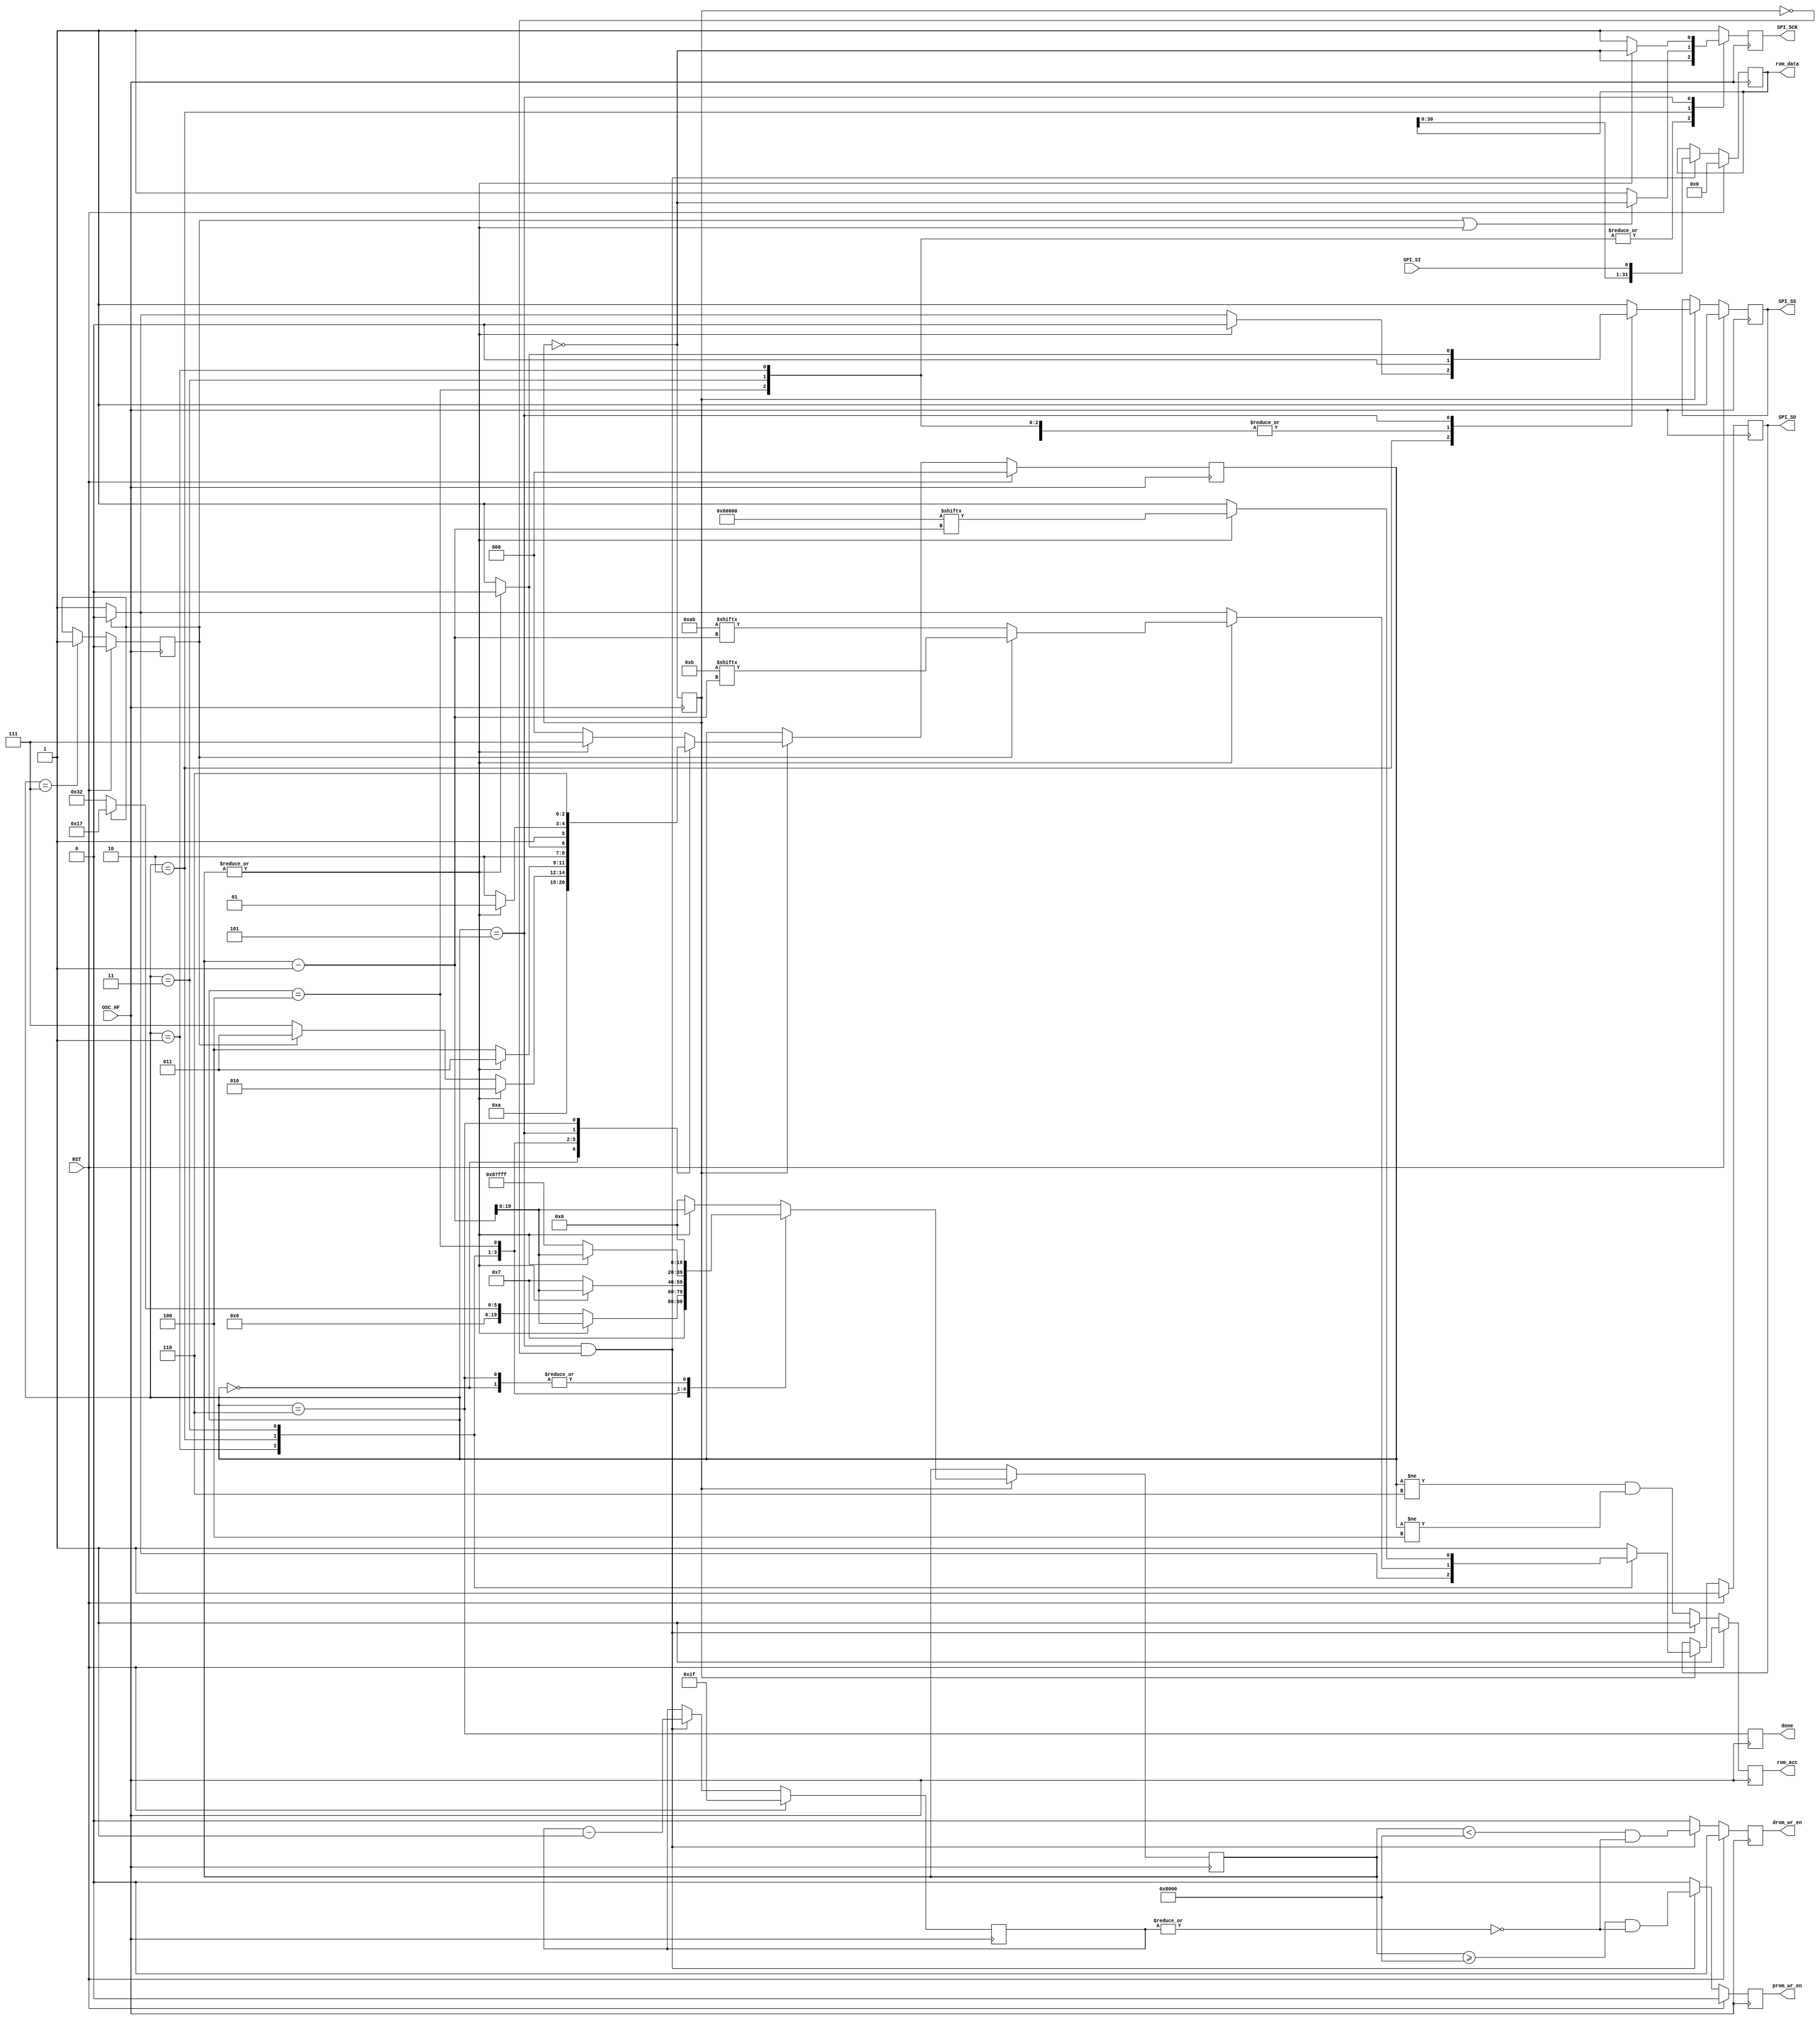
/*

Module: irom_loader.v

Function:
    FSM to load SPI flash into instruction memory ("ROM").

Copyright Notice and License Information:
    Copyright 2019 MCCI Corporation

    This file is part of the MCCI Catena RISC-V FPGA core,
    https://github.com/mcci-catena/catena-riscv32-fpga.

    catena-risc32v-fpga is free software: you can redistribute it
    and/or modify it under the terms of the GNU General Public License
    as published by the Free Software Foundation, either version 3 of
    the License, or (at your option) any later version.

    catena-risc32v-fpga is distributed in the hope that it will
    be useful, but WITHOUT ANY WARRANTY; without even the implied
    warranty of MERCHANTABILITY or FITNESS FOR A PARTICULAR PURPOSE.
    See the GNU General Public License for more details.

    You should have received a copy of the GNU General Public License
    along with this program.  If not, see <https://www.gnu.org/licenses/>.

*/

`timescale 1ns/10ps

module irom_loader #(
        parameter DUMMY_CYCLE=20'd7,
              DROM_SZ_BYTES=20'd4096
    ) (
    input             RST,        //
    input             OSC_HF,     // Clock (= RISC-V clock)
    output reg        SPI_SS,     // SPI I/F for flash access
    output reg        SPI_SCK,    //
    input             SPI_SI,     //
    output reg        SPI_SO,     //
    output reg        done,
    output reg        rom_acc,    // SPSRAM (IROM) / EBR (DROM) fill out
    output reg        prom_wr_en, // - IROM (PROM) write strobe
    output reg        drom_wr_en, // - DROM        write strobe
    output reg [31:0] rom_data    //
);
    //================================================================================
    // Parameters
    //================================================================================
    parameter IDLE         =  3'd0,         // SPI access FSM
              PREP         =  3'd1,         //
              CMD          =  3'd2,         //
              SADDR        =  3'd3,         //
              DUMMY        =  3'd4,         //
              RDBYTE       =  3'd5,         //
              WAIT         =  3'd6,         //
              WAIT10       =  3'd7;         // 10us wait for wake up from power down
    parameter NO_SCK       =  1'b1,         // OR mask for SCK
              ON_SCK       =  1'b0;         //
    parameter FAST_RD      =  8'h0b,        // Fast read flash command
              RLS_DPD      =  8'hab;        // Release from deep power-down
    parameter ST_ADDR      = 24'h060000;    // Starting address of ROM in flash
    parameter IROM_SZ_BITS = 20'h80000,     // 64KB IROM size in bits (64*1024*8)
              DROM_SZ_BITS = 20'd8 * DROM_SZ_BYTES;
                        //  DROM size in bits
    parameter ROM_SZ_BITS  = IROM_SZ_BITS + //
                 DROM_SZ_BITS - //
                 20'd1;         //

    //================================================================================
    // Internal signals
    //================================================================================
    reg  [2  : 0] cst, nst;
    reg  [19 : 0] cnt;
    reg           sck_msk, sck_msk_pe;
    reg  [4  : 0] bit_cnt;  // Accumulate 32b of data
    reg           en;
    reg           phase;

    //================================================================================
    // Toggling "en" to make two cycle per state FSM
    // - FSM moves to next state if "en=1"
    //================================================================================
    always @(posedge OSC_HF)// or posedge RST)
//        if(RST) en <= 1'b0;
//  else
        en <= ~en;

    //================================================================================
    // Flash access FSM
    // - 9 cycles of dummy (not 8) for fast reading
    //================================================================================
    always @(posedge OSC_HF) // or posedge RST)
        if     (RST          ) phase <= 1'b0; // Wake up phase
    else if(cst == WAIT10) phase <= 1'b1; // Read    phase

    always @(posedge OSC_HF) // or posedge RST)
        if     (RST) cst <= IDLE;
    else if(en ) cst <= nst;

    always @(*)
        case(cst)
            IDLE   : nst  =           PREP;
            PREP   : nst  =           CMD;
            CMD    : nst  =  |cnt   ? CMD    :
                            phase ? SADDR  : WAIT10;
            SADDR  : nst  = ~|cnt   ? DUMMY  : SADDR;
            DUMMY  : nst  = ~|cnt   ? RDBYTE : DUMMY;
            RDBYTE : nst  = ~|cnt   ? WAIT   : RDBYTE;
            WAIT   : nst  =           WAIT;
            default: nst  = ~|cnt   ? IDLE   : WAIT10;
        endcase

    always @(posedge OSC_HF) // or posedge RST)
//        if(RST) cnt <= 20'b0;
//  else
    if(en)
        case(cst)
            IDLE   : cnt <=                  20'd00;         //
            PREP   : cnt <=                  20'd07;         //  8 bits  of CMD
            CMD    : cnt <= |cnt   ? cnt - 1 :
                            phase ? 20'd23  :               // 24 bits  of Start Address
                            20'd50  ;               // 10us+ delay after power up
            SADDR  : cnt <= |cnt   ? cnt - 1 : DUMMY_CYCLE;  //  m bits  of DUMMY
            DUMMY  : cnt <= |cnt   ? cnt - 1 : ROM_SZ_BITS;  //  n bytes of data
            RDBYTE : cnt <= |cnt   ? cnt - 1 : 20'd00;
            WAIT   : cnt <=                    20'd00;
            default: cnt <= |cnt   ? cnt - 1 : 20'd00;
        endcase

    //================================================================================
    // SPI signal generation
    // - SPI_SS is the CS_B
    //================================================================================
    always @(posedge OSC_HF) // or posedge RST)
        if(RST) {SPI_SS, SPI_SO} <= {1'b1, 1'b1};
    else if(en)
        case(cst)
            IDLE   : begin
                        SPI_SS  <= 1'b0;
                        SPI_SO  <= 1'b1;
                    end
            PREP   : begin
                    SPI_SS  <= 1'b0;
                    SPI_SO  <= phase ? FAST_RD[7] : RLS_DPD[7];
                end
            CMD    : if(|cnt) begin // Command
                        SPI_SS  <= 1'b0;
                        SPI_SO  <= phase ? FAST_RD[cnt-1] : RLS_DPD[cnt-1];
                    end else begin      // S-Addr
                        SPI_SS  <= phase ? 1'b0        : 1'b1;
                        SPI_SO  <= phase ? ST_ADDR[23] : 1'b1;
                    end
            SADDR  : if(|cnt) begin // S-Addr
                        SPI_SS  <= 1'b0;
                        SPI_SO  <= ST_ADDR[cnt-1];
                    end else begin      // Dummy
                        SPI_SS  <= 1'b0;
                        SPI_SO  <= 1'b1; // Dummy
                    end
            DUMMY  : if(|cnt) begin // Dummy
                        SPI_SS  <= 1'b0;
                        SPI_SO  <= 1'b1;
                    end else begin      // Read byte
                        SPI_SS  <= 1'b0;
                        SPI_SO  <= 1'b1; // Don't care
                    end
            RDBYTE : if(|cnt) begin // Read byte
                        SPI_SS  <= 1'b0;
                        SPI_SO  <= 1'b1;
                    end else begin
                        SPI_SS  <= 1'b1;
                        SPI_SO  <= 1'b1;
                    end
            WAIT   : {SPI_SS, SPI_SO} <= {1'b1, 1'b1};
            default: {SPI_SS, SPI_SO} <= {1'b1, 1'b1};
        endcase

    always @(posedge OSC_HF)// or posedge RST)
        //if(RST) SPI_SCK <= 1'b1;
    //else
        case(cst)
            PREP, SADDR, DUMMY  : SPI_SCK <= ~en;
            CMD                 : SPI_SCK <= phase || |cnt ? ~en : 1'b1;
            RDBYTE              : SPI_SCK <= |cnt ? ~en : 1'b1;
            default             : SPI_SCK <= 1'b1;
        endcase

    //================================================================================
    // SPSRAM access (write) FSM
    // - Direct access using rom_acc, prom_wr_en, and rom_data (32b)
    // - If rom_acc & prom_wr_en, rom_data is written to SPSRAM at every cycle w/
    //   auto increased address
    // - For hardware convenience, cnt is a down-counter. But the read addresses
    //   ascend. So we assert prom_wr_en as long as count is above DROM_SZ_BITs,
    //   then assert drom_wr_en. For convenience, the IROM size is fixed at 64K,
    //   but you can adjust how large the DROM size is.
    //================================================================================
    always @(posedge OSC_HF)// or posedge RST)
        if(RST) begin
            bit_cnt    <= 5'd31;
            rom_acc    <=  1'b1;
            prom_wr_en <=  1'b0;
            drom_wr_en <=  1'b0;
            rom_data   <= 32'b0;
        end else if(cst == RDBYTE && !en) begin
            bit_cnt    <= bit_cnt - 1;
            rom_acc    <=  1'b1;
            prom_wr_en <= (cnt >= DROM_SZ_BITS) && (~|bit_cnt);
            drom_wr_en <= (cnt <  DROM_SZ_BITS) && (~|bit_cnt);
            rom_data   <= {rom_data[30 : 0], SPI_SI};
        end else begin
            rom_acc    <=  (cst != WAIT && cst != DUMMY);
            prom_wr_en <=  1'b0;
            drom_wr_en <=  1'b0;
        end

    always @(posedge OSC_HF)
        done <= cst == WAIT;
endmodule